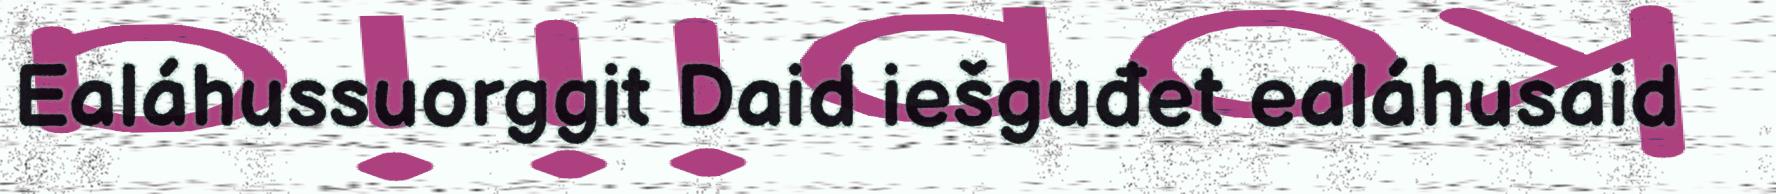
Ealáhussuorggit Daid iešguđet ealáhusaid